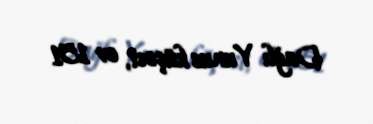
Dağlı Yunus küçəsi, ev 151